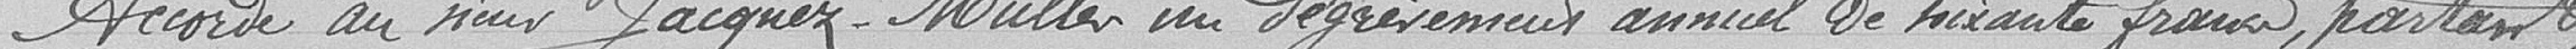
Accorde au sieur Jacques-Muller un dégrèvement annuel de soixante francs, partant